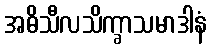
အဓိသီလသိက္ခာသမာဒါနံ